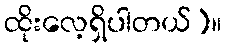
ထိုးလေ့ရှိပါတယ်)။